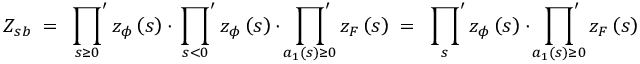
\begin{array} { r } { Z _ { s b } \; = \; \displaystyle \sideset { } { ' } \prod _ { s \geq 0 } z _ { \phi } \left( s \right) \cdot \displaystyle \sideset { } { ' } \prod _ { s < 0 } z _ { \phi } \left( s \right) \cdot \displaystyle \sideset { } { ' } \prod _ { a _ { 1 } \left( s \right) \geq 0 } z _ { F } \left( s \right) \; = \; \displaystyle \sideset { } { ' } \prod _ { s } z _ { \phi } \left( s \right) \cdot \displaystyle \sideset { } { ' } \prod _ { a _ { 1 } \left( s \right) \geq 0 } z _ { F } \left( s \right) } \end{array}